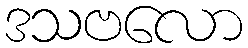
ဒသဗလော